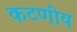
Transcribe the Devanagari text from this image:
कटणीय